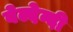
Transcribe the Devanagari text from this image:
बेल्देन्दी